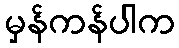
မှန်ကန်ပါက